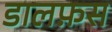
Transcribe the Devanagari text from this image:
डालफ़स